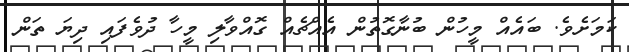
ކަމަށެވެ. ބައެއް މީހުން ބުނާގޮތުން އެއްޗެއް ގޮއްވާލި މީހާ ދުވެފައި ދިޔަ ތަން